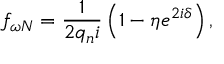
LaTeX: f _ { \omega N } = \frac { 1 } { 2 q _ { n } i } \left( 1 - \eta e ^ { 2 i \delta } \right) ,